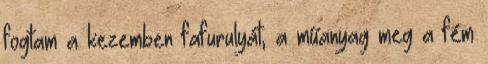
fogtam a kezemben fafurulyát, a műanyag meg a fém